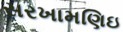
સરખામણિઇ